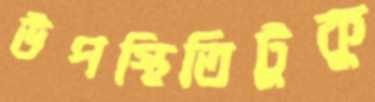
উপস্থিতিটুকু